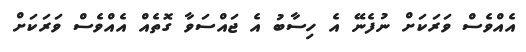
އެއްވެސް ވަރަކަށް ނުފެނޭ އެ ހިސާބު އެ ޖައްސަވާ ގޮތެއް އެއްވެސް ވަރަކަށް